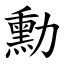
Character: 勳